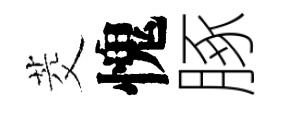
茭愧䐁